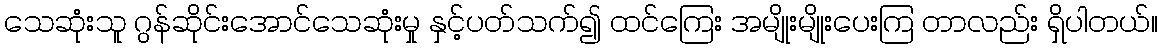
သေဆုံးသူ ဂွန်ဆိုင်းအောင်သေဆုံးမှု နှင့်ပတ်သက်၍ ထင်ကြေး အမျိုးမျိုးပေးကြ တာလည်း ရှိပါတယ်။